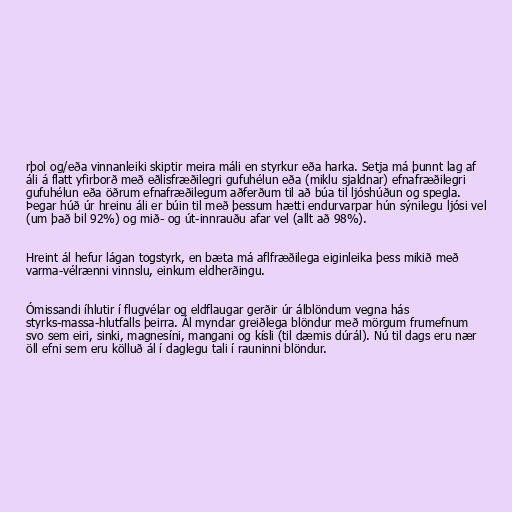
rþol og/eða vinnanleiki skiptir meira máli en styrkur eða harka. Setja má þunnt lag af
áli á flatt yfirborð með eðlisfræðilegri gufuhélun eða (miklu sjaldnar) efnafræðilegri
gufuhélun eða öðrum efnafræðilegum aðferðum til að búa til ljóshúðun og spegla.
Þegar húð úr hreinu áli er búin til með þessum hætti endurvarpar hún sýnilegu ljósi vel
(um það bil 92%) og mið- og út-innrauðu afar vel (allt að 98%).

Hreint ál hefur lágan togstyrk, en bæta má aflfræðilega eiginleika þess mikið með
varma-vélrænni vinnslu, einkum eldherðingu.

Ómissandi íhlutir í flugvélar og eldflaugar gerðir úr álblöndum vegna hás
styrks-massa-hlutfalls þeirra. Ál myndar greiðlega blöndur með mörgum frumefnum
svo sem eiri, sinki, magnesíni, mangani og kísli (til dæmis dúrál). Nú til dags eru nær
öll efni sem eru kölluð ál í daglegu tali í rauninni blöndur.